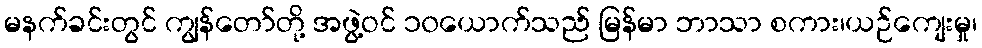
မနက်ခင်းတွင် ကျွန်တော်တို့ အဖွဲ့ဝင် ၁၀ယောက်သည် မြန်မာ ဘာသာ စကား၊ယဉ်ကျေးမှု၊